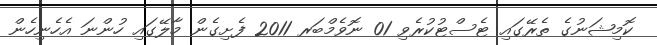
ކޮމިޝަނުގެ ތެރޭގައި ޓެސްޓުކުރެވި 01 ނޮވެމްބަރ 2011 ފެށިގެން މާލޭގައި ހުންނަ އެހެނިހެން